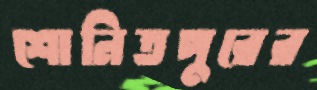
শোনিতপুরের